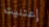
إعتنيت